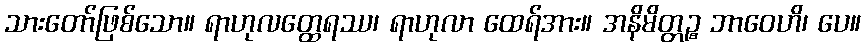
သားတော်ဖြစ်သော။ ရာဟုလတ္ထေရဿ၊ ရာဟုလာ ထေရ်အား။ အနိမိတ္တဉ္စ ဘာဝေဟိ၊ ပေ။